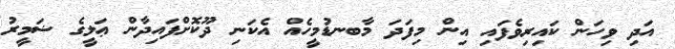
އަދި ވިހަން ކައިރިވެފައި އިން މިފަދަ މާބނޑުމީހެއް އެކަނި ދޫކޮށްފައިދާން ޢަލީގެ ޟަމީރު